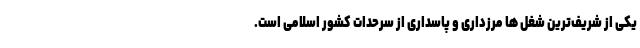
یکی از شریف‌ترین شغل ها مرزداری و پاسداری از سرحدات کشور اسلامی است.